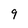
Character: 9